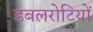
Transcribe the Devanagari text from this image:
डबलरोटियों